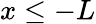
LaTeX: x\leq-L